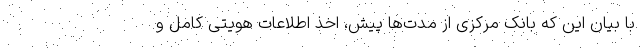
با بیان این که بانک مرکزی از مدت‌ها پیش، اخذ اطلاعات هویتی کامل و